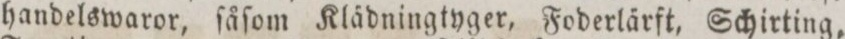
handelswaror, ſåſom Klädningtyger, Foderlärft, Schirting,